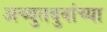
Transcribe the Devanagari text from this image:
अच्युतबुवांच्या